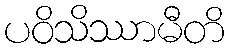
ပဝိသိဿာမီတိ